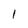
Character: 1